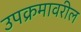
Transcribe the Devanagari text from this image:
उपक्रमावरील